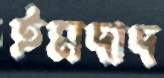
ইমদাদ